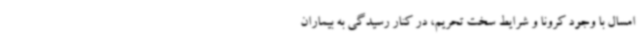
امسال با وجود کرونا و شرایط سخت تحریم، در کنار رسیدگی به بیماران